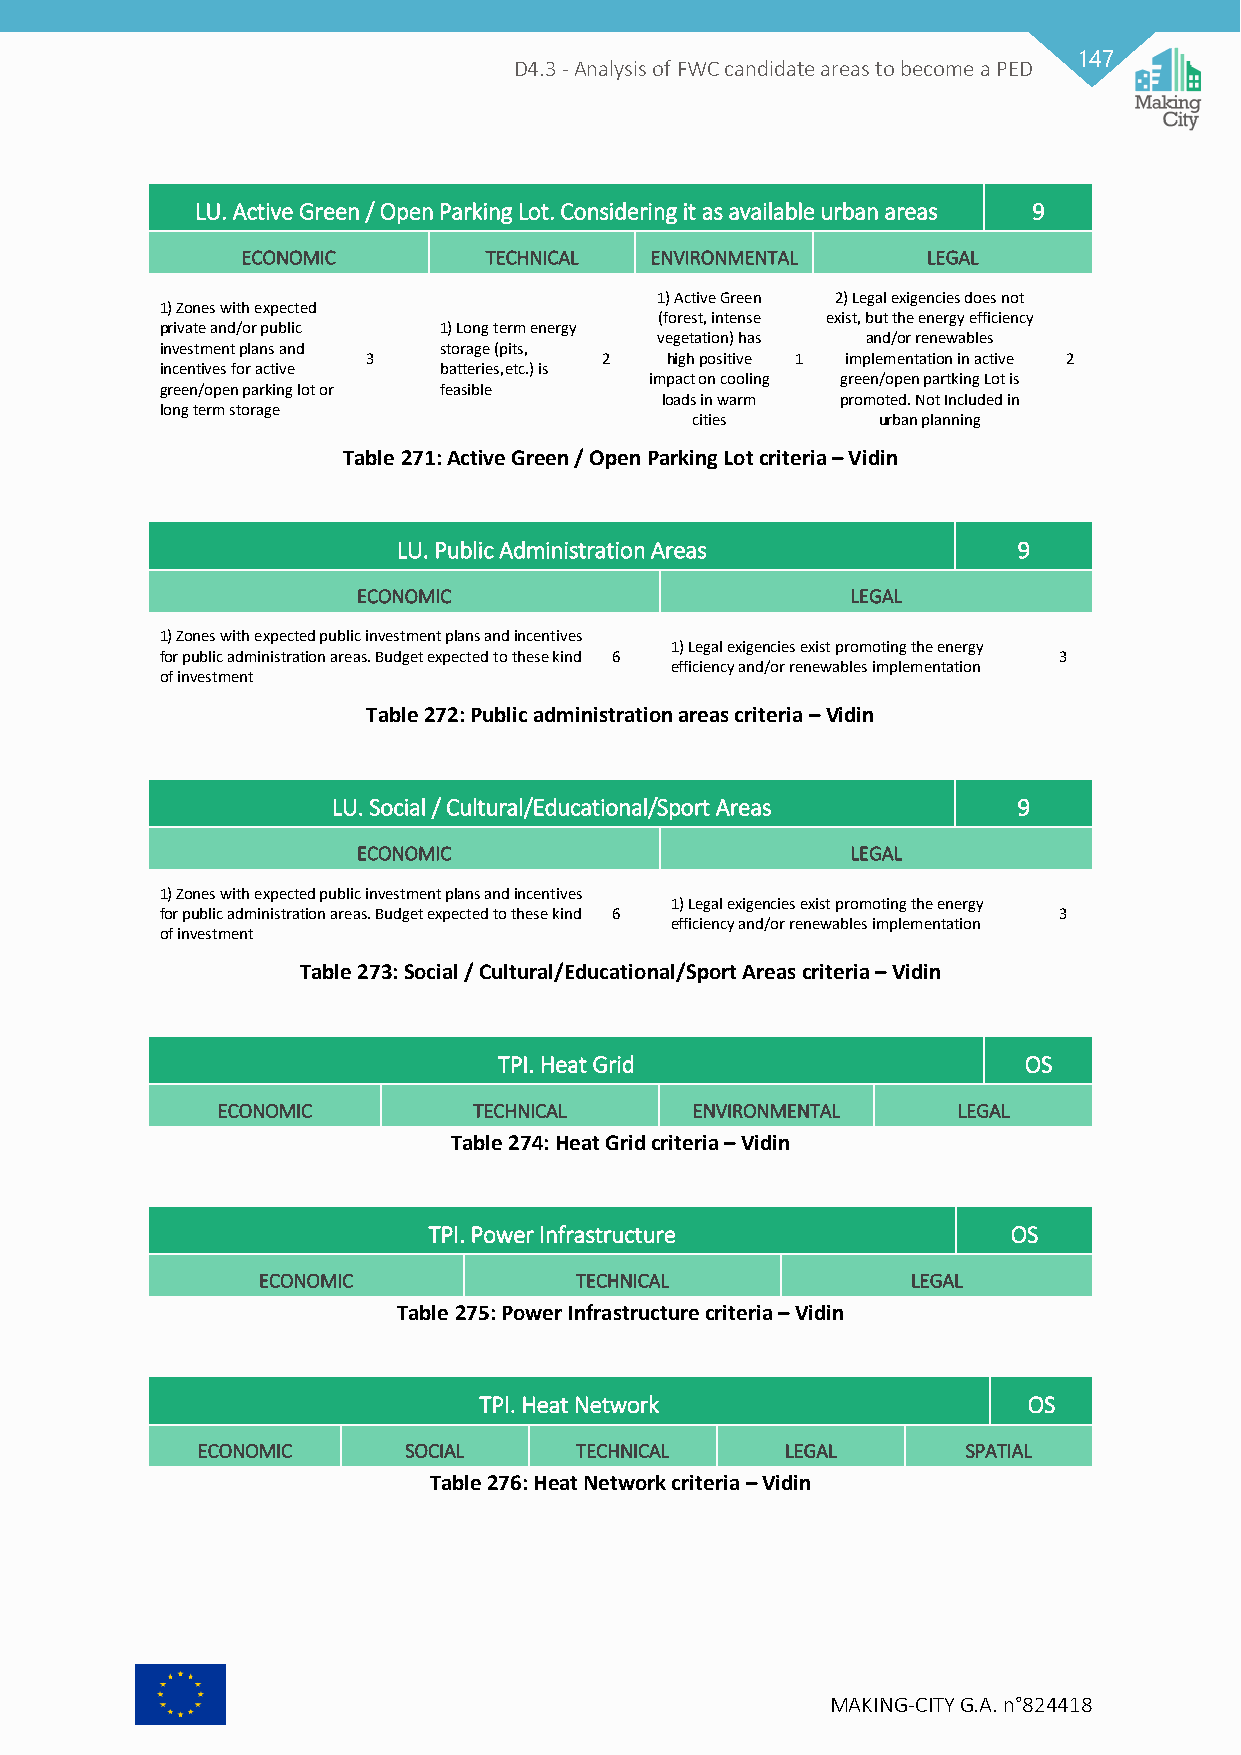
147
 D4.3 - Analysis of FWC candidate areas to become a PED
 LU. Active Green / Open Parking Lot. Considering it as available urban areas 9
 ECONOMIC        TECHNICAL  ENVIRONMENTAL     LEGAL
 1) Active Green 2) Legal exigencies does not
 1) Zones with expected
 (forest, intense exist, but the energy efficiency
 private and/or public 1) Long term energy
 vegetation) has and/or renewables
 investment plans and storage (pits,
 3               2   high positive 1 implementation in active 2
 incentives for active batteries,etc.) is
 impact on cooling green/open partking Lot is
 green/open parking lot or feasible
 loads in warm promoted. Not Included in
 long term storage
 cities      urban planning
 Table 271: Active Green / Open Parking Lot criteria – Vidin
 LU. Public Administration Areas          9
 ECONOMIC                        LEGAL
 1) Zones with expected public investment plans and incentives
 1) Legal exigencies exist promoting the energy
 for public administration areas. Budget expected to these kind 6 3
 efficiency and/or renewables implementation
 of investment
 Table 272: Public administration areas criteria – Vidin
 LU. Social / Cultural/Educational/Sport Areas 9
 ECONOMIC                        LEGAL
 1) Zones with expected public investment plans and incentives
 1) Legal exigencies exist promoting the energy
 for public administration areas. Budget expected to these kind 6 3
 efficiency and/or renewables implementation
 of investment
 Table 273: Social / Cultural/Educational/Sport Areas criteria – Vidin
 TPI. Heat Grid                     OS
 ECONOMIC         TECHNICAL      ENVIRONMENTAL    LEGAL
 Table 274: Heat Grid criteria – Vidin
 TPI. Power Infrastructure              OS
 ECONOMIC             TECHNICAL             LEGAL
 Table 275: Power Infrastructure criteria – Vidin
 TPI. Heat Network                   OS
 ECONOMIC      SOCIAL     TECHNICAL     LEGAL       SPATIAL
 Table 276: Heat Network criteria – Vidin
 MAKING-CITY G.A. n°824418